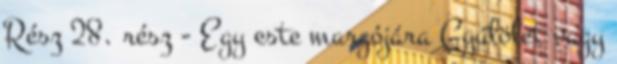
Rész 28. rész - Egy este margójára Gyűlölet vagy